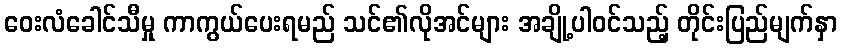
ဝေးလံခေါင်သီမှု ကာကွယ်ပေးရမည် သင်၏လိုအင်များ အချို့ပါဝင်သည့် တိုင်းပြည်မျက်နှာ